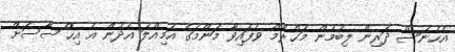
އެހެނަސް ދަރިން ލިބުމުން މަޙްރޫމް ވެފައިވާ މަންމަގެ އަމިއްލަ އެދުން އެ އިޙްސާސަށް